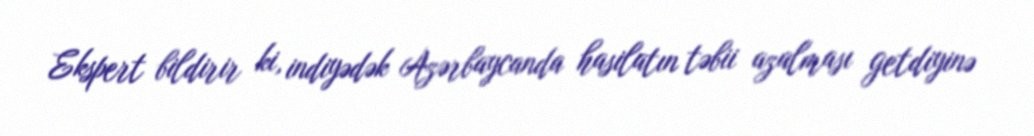
Ekspert bildirir ki, indiyədək Azərbaycanda hasilatın təbii azalması getdiyinə